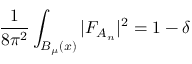
{ \frac { 1 } { 8 \pi ^ { 2 } } } \int _ { B _ { \mu } ( x ) } \vert F _ { A _ { n } } \vert ^ { 2 } = 1 - \delta